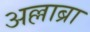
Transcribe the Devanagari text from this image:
अल्लाब्रा